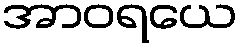
အာဝရယေ